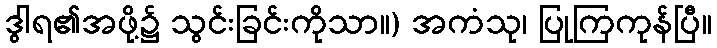
ဒွါရ၏အဖို့၌ သွင်းခြင်းကိုသာ။) အကံသု၊ ပြုကြကုန်ပြီ။